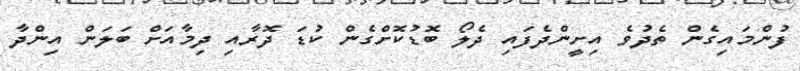
ފުންމައިގެން ތެދުވެ އިށީންދެފައި ދެލޯ ބޮޑުކޮށްގެން ކުޑަ ދޮރާއި ދިމާއަށް ބަލަން އިންދާ